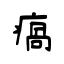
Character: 瘑